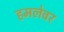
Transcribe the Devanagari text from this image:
हमलेवर